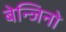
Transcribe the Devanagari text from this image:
बेन्जिनो